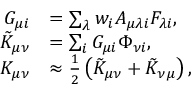
\begin{array} { r l } { G _ { \mu i } } & { = \sum _ { \lambda } w _ { i } A _ { \mu \lambda i } F _ { \lambda i } , } \\ { \tilde { K } _ { \mu \nu } } & { = \sum _ { i } G _ { \mu i } \Phi _ { \nu i } , } \\ { K _ { \mu \nu } } & { \approx \frac { 1 } { 2 } \left( \tilde { K } _ { \mu \nu } + \tilde { K } _ { \nu \mu } \right) , } \end{array}